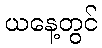
ယနေ့တွင်